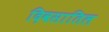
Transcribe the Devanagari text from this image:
दिवसातिल